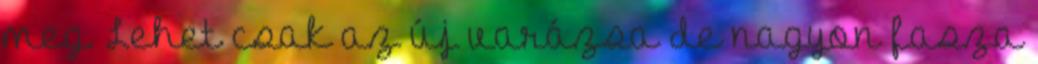
meg. Lehet csak az új varázsa de nagyon fasza